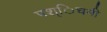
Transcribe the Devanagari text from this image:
पश्िचमी